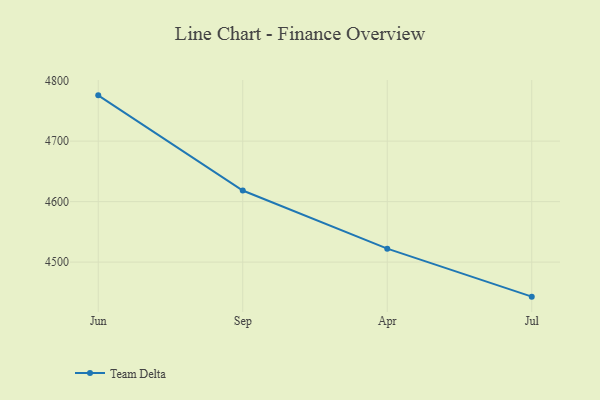
{"axis": {"x": "Month", "y": "Revenue (USD Million)"}, "legend": ["Team Delta"], "data": [{"x": "Jun", "y": 4775.7, "type": "Team Delta"}, {"x": "Sep", "y": 4618.4, "type": "Team Delta"}, {"x": "Apr", "y": 4522.2, "type": "Team Delta"}, {"x": "Jul", "y": 4442.9, "type": "Team Delta"}]}